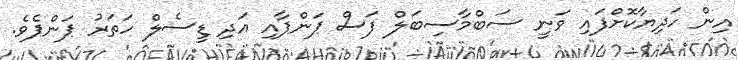
އިން ހަދިޔާކޮށްފައި ވަނީ ސަބްމާސިބަލް ފަސް ޕަންޕާއި އަދި ޑީސެލް ހަތަރު ޕަންޕެވެ.